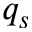
q _ { s }